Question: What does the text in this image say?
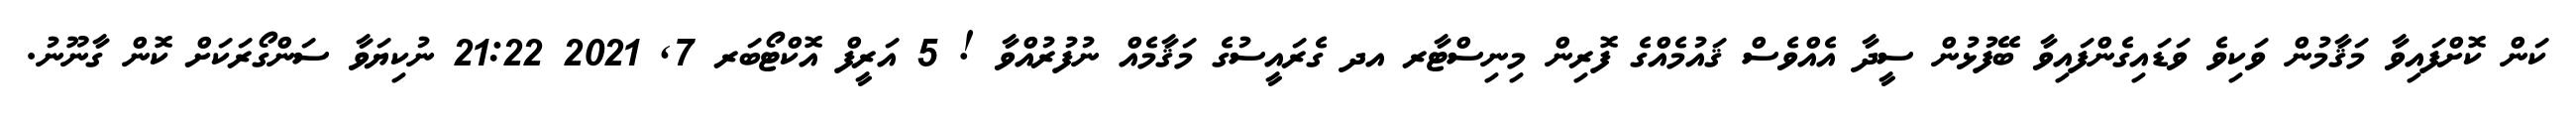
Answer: ކަން ކޮށްފައިވާ މަޤާމުން ވަކިވެ ވަޑައިގެންފައިވާ ބޭފުޅުން ސީދާ އެއްވެސް ޤައުމެއްގެ ފޮރިން މިނިސްޓާރ އދ ގެރައީސުގެ މަޤާމެއް ނުފުރުއްވާ ! 5 އަރީފް އޮކްޓޯބަރ 7, 2021 21:22 ނުކިޔަވާ ސަންގޯރަކަށް ކޮން ގާނޫނު.